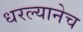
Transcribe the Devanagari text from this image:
धरल्यानेच